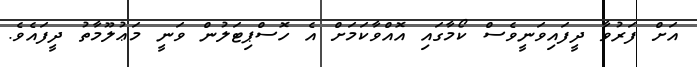
އަށް ފަރުވާ ދީފައިވަނީވެސް ކޯމާގައި އޮއްވާކަމަށް އެ ހޮސްޕިޓަލުން ވަނީ މަޢުލޫމާތު ދީފައެވެ.